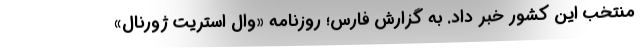
منتخب این کشور خبر داد. به گزارش فارس؛ روزنامه «وال استریت ژورنال»